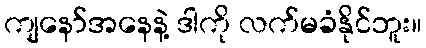
ကျနော်အနေနဲ့ ဒါကို လက်မခံနိုင်ဘူး။